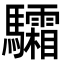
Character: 驦